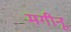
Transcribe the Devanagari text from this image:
मगीनू